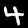
Digit: 4